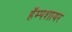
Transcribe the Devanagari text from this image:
हॅम्पशायर